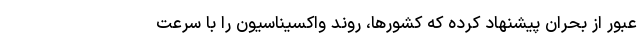
عبور از بحران پیشنهاد کرده که کشورها، روند واکسیناسیون را با سرعت